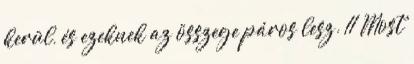
kerül, és ezeknek az összege páros lesz. 11 Most